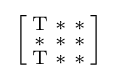
{\Bigl [}{\begin{smallmatrix}\mathrm {T} &\mathrm {*} &\mathrm {*} \\\mathrm {*} &\mathrm {*} &\mathrm {*} \\\mathrm {T} &\mathrm {*} &\mathrm {*} \end{smallmatrix}}{\Bigr ]}